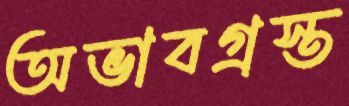
অভাবগ্রস্ত